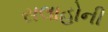
સલાહોની